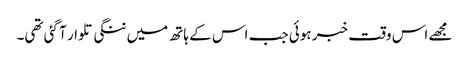
مجھے اس وقت خبر ہوئی جب اس کے ہاتھ میں ننگی تلوار آ گئی تھی۔